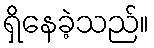
ရှိနေခဲ့သည်။